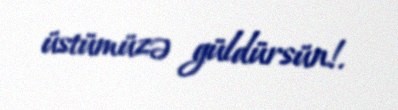
üstümüzə güldürsün!.